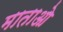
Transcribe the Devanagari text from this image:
माताओ